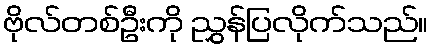
ဗိုလ်တစ်ဦးကို ညွှန်ပြလိုက်သည်။